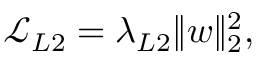
\begin{array} { r } { \mathcal { L } _ { L 2 } = \lambda _ { L 2 } \lVert \boldsymbol { w } \rVert _ { 2 } ^ { 2 } , } \end{array}